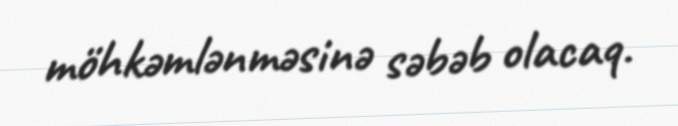
möhkəmlənməsinə səbəb olacaq.